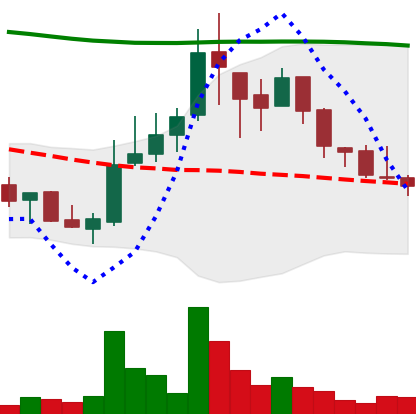
Ticker: LINK-USD
Chart end date: 2018-08-08
Forward return: 13.705%
Label: up_7plus